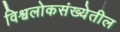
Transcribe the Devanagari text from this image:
विश्वलोकसंख्येतील